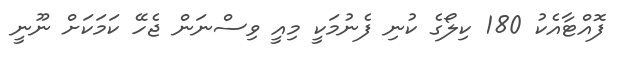
ފޮއްޓާއެކު 180 ކިލޯގެ ކުނި ފެނުމަކީ މިއީ ވިސްނަން ޖެހޭ ކަމަކަށް ނޫނީ